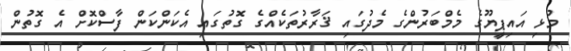
މުޅި އައިޕީޔޫގެ މެމްބަރުންގެ މެދުގައި ޤަރާރުތަކެއްގެ ގޮތުގައި އެކަންކަން ފާސްކޮށް އެ ގޮތުން